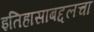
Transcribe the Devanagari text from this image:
इतिहासाबद्दलचा